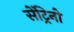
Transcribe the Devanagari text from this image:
सेंट्रिनो